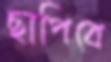
ছাপিবে